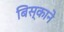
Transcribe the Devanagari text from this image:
बिस्काने